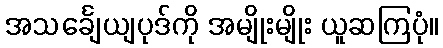
အသင်္ချေယျပုဒ်ကို အမျိုးမျိုး ယူဆကြပုံ။